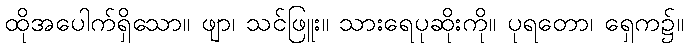
ထိုအပေါက်ရှိသော။ ဖျာ၊ သင်ဖြူး။ သားရေပုဆိုးကို။ ပုရတော၊ ရှေက၌။